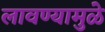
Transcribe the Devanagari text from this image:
लावण्यामुळे